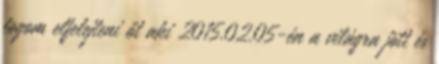
fogom elfelejteni őt aki 2015.02.05-én a világra jött és